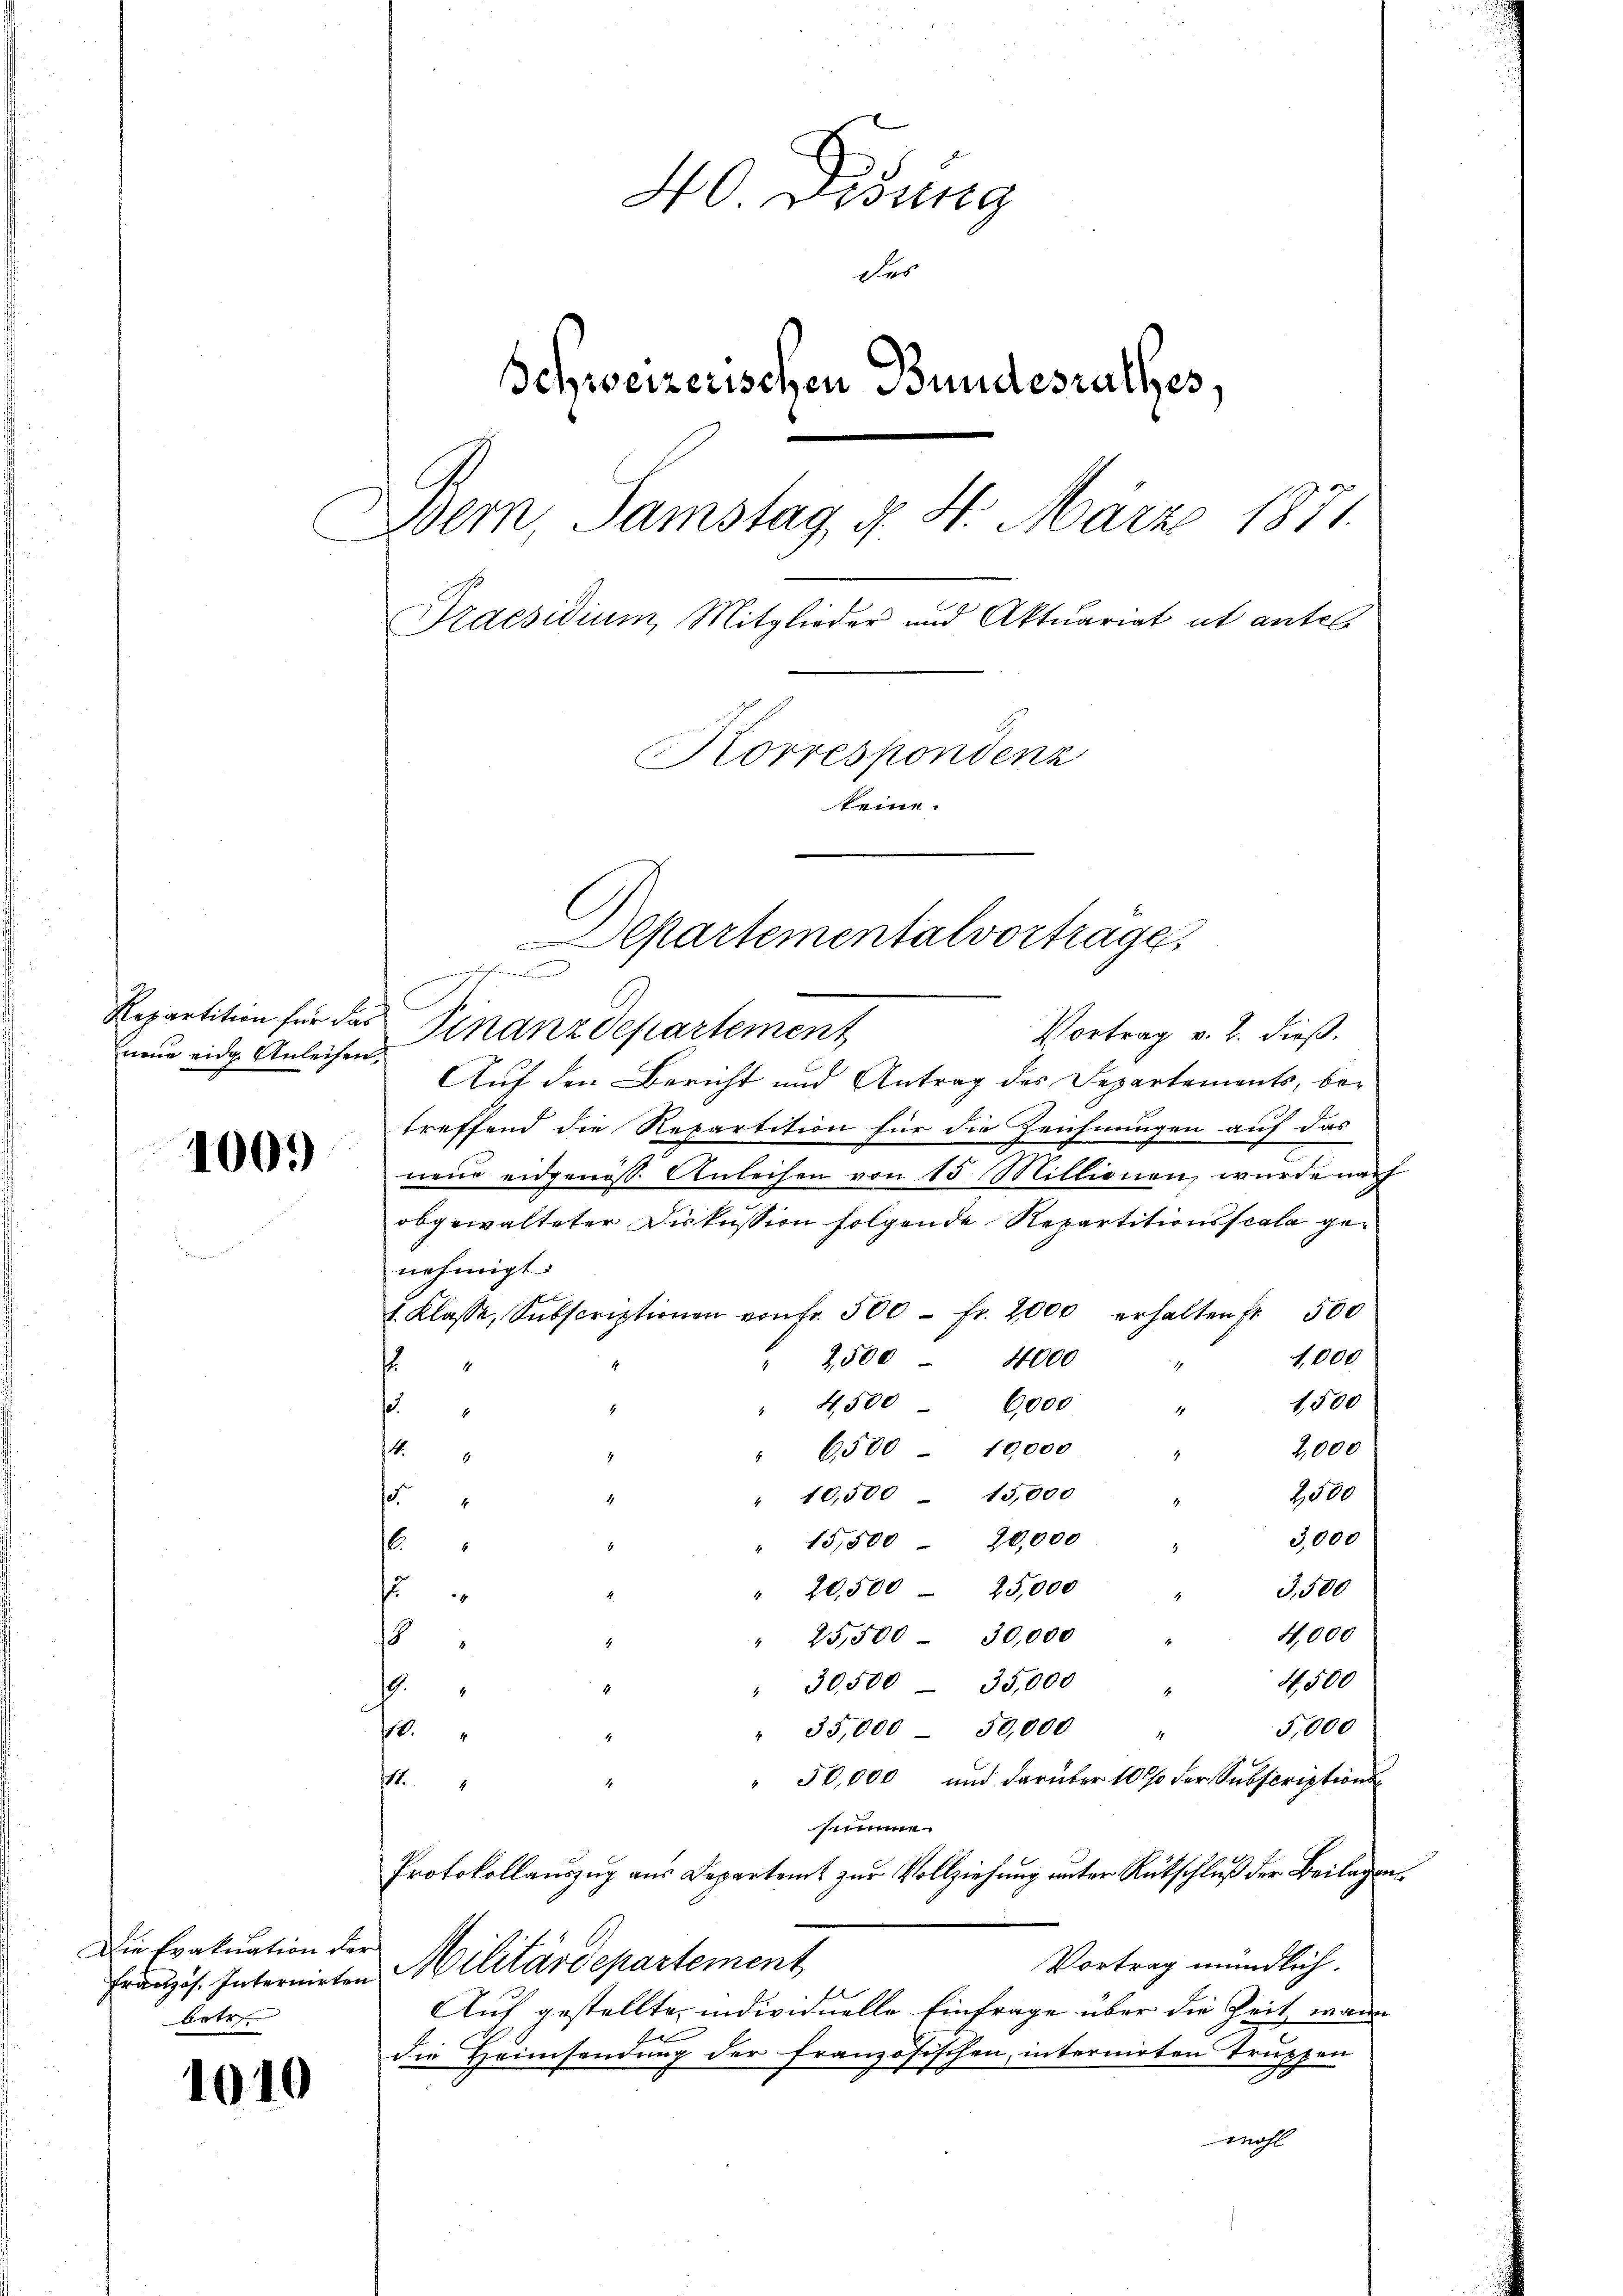
neue eidg. Anleihen,

1001)

Die Evakuation der
Arte

1010

40 Didung
des
Schweizerischen Bundesrathes,
Bem, Samstag d. 4. März 1871.
Praesidium Mitglieder und Aktuariat ut antel
Korrespondenz
keine.
Departementalvortrage
chehenden

Repartition für das Finanzdepartement
Vortrag v. 2. dieß.
Auf den Bericht und Antrag des Departements, be-
treffend die Repartition für die Zeichnungen auf das
nene eidgenöss. Anleihen von 15 Millionen, wurde nach
obgewalteter Diskussion folgende Repartitionsscala genehmigt.
1. Klasse, Subscriptionen von fr. 500 fr. 2000 erhalten fr. 500
1,000
4000
2500
d
1,500
" 4,500 - 6000
.
.
4
2,000
" 6500 - 10,000
4
.
2000
" 10,500 - 15,000
.
e
4
3,000
15,500  20,000
.
4
" 20,500  25,000
3,500
s
4,000
" 23,500 - 30,000
s
4,500
" 30,500 - 35,000
1
.
5,000
35,000 - 50,000
10.
.
4
" 50,000 und darüber 10 % der Subscriptions¬
11.
.
simme.
Protokollauszug aus Departamt zur Vollziehung unter Rütschluß der Beilagens
Vortrag mündlich.
Französ. Internirten Militärdepartement
Auf gestellte, individuelle Einfrage über die Zeit wann
die Heimsendung der französischen, internirten Truppen
wohl